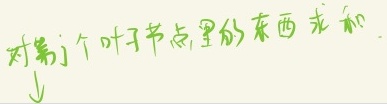
对第\(j\)个叶子节点里的东西求和$\downarrow$